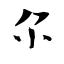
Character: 尔